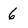
Character: 6